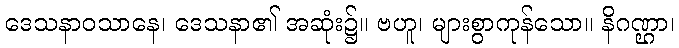
ဒေသနာဝသာနေ၊ ဒေသနာ၏ အဆုံး၌။ ဗဟူ၊ များစွာကုန်သော။ နိဂဏ္ဌာ၊